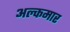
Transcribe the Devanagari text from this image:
अल्कमार